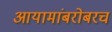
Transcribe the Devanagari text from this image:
आयामांबरोबरच